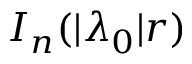
I _ { n } ( | \lambda _ { 0 } | r )